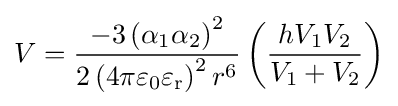
{V}={\frac {-3\left(\alpha _{1}\alpha _{2}\right)^{2}}{2\left(4\pi \varepsilon _{0}\varepsilon _{\mathrm {r} }\right)^{2}r^{6}}}\left({\frac {hV_{1}V_{2}}{V_{1}+V_{2}}}\right)